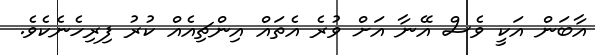
އާބަން އަކީ ވެސް އޭނާ އަށް ވުރެ އެތައް އިންޗިއެއް ކުރު ފިރިހެނެކެވެ.